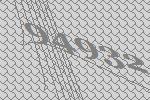
94932